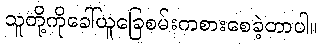
သူတို့ကိုခေါ်ယူခြေစမ်းကစားစေခဲ့တာပါ။